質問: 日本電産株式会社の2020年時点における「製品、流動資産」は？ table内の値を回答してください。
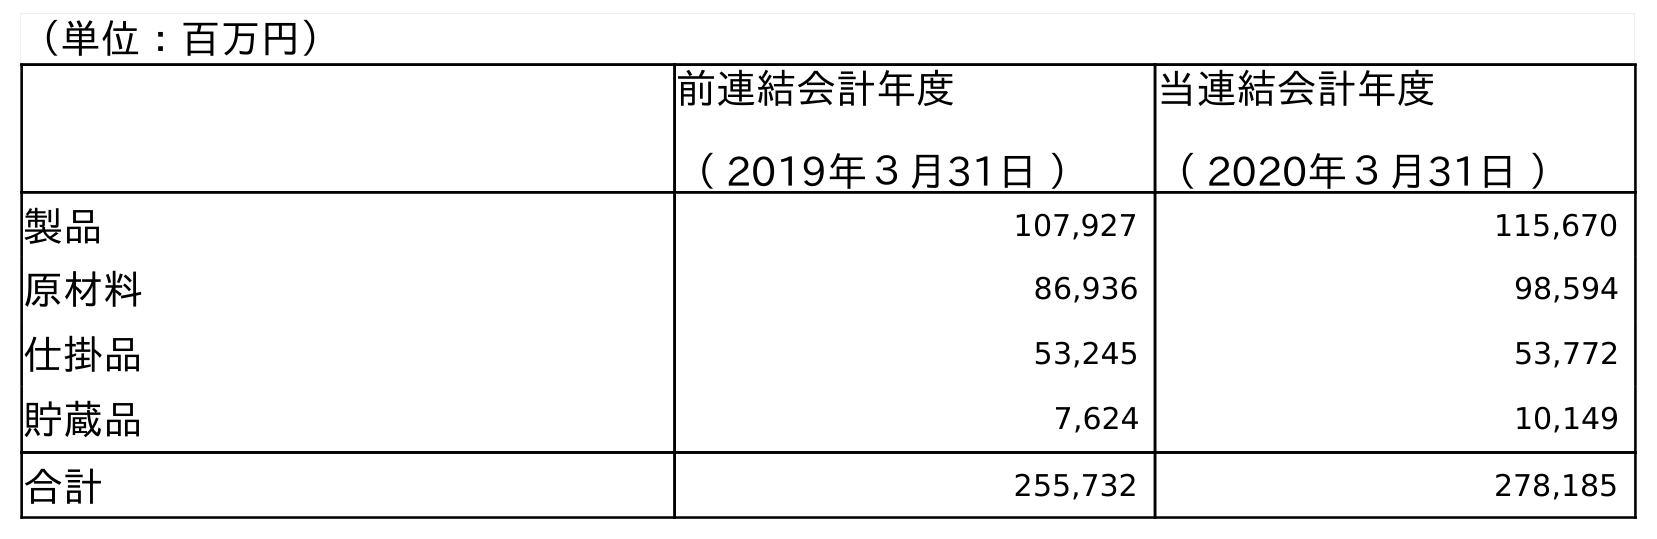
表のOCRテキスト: （単位：百万円） 前連結会計年度 （ 2019年３月31日 ） 当連結会計年度 （ 2020年３月31日 ） 製品 107,927 115,670 原材料 86,936 98,594 仕掛品 53,245 53,772 貯蔵品 7,624 10,149 合計 255,732 278,185
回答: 115,670